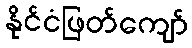
နိုင်ငံဖြတ်ကျော်